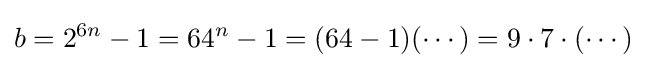
b=2^{6n}-1=64^{n}-1=(64-1)(\cdots )=9\cdot 7\cdot (\cdots )